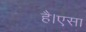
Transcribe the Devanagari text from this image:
है।एसा